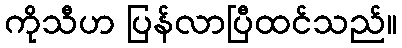
ကိုသီဟ ပြန်လာပြီထင်သည်။